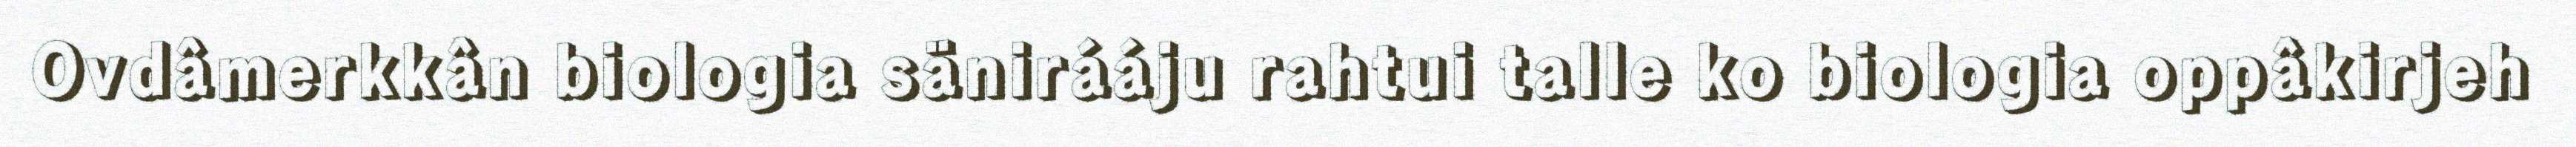
Ovdâmerkkân biologia sänirááju rahtui talle ko biologia oppâkirjeh